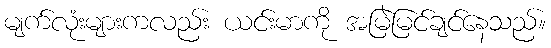
မျက်လုံးများကလည်း ယင်းမာကို အမြဲမြင်ချင်နေသည်။